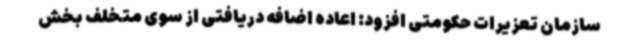
سازمان تعزیرات حکومتی افزود: اعاده اضافه دریافتی از سوی متخلف بخش